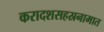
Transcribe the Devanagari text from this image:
करादशसहस्रनामात